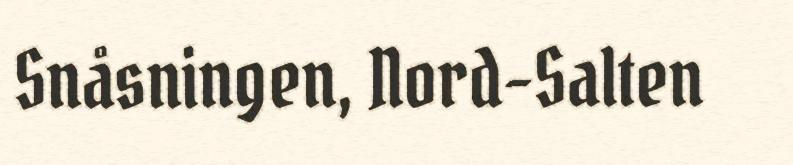
Snåsningen, Nord-Salten